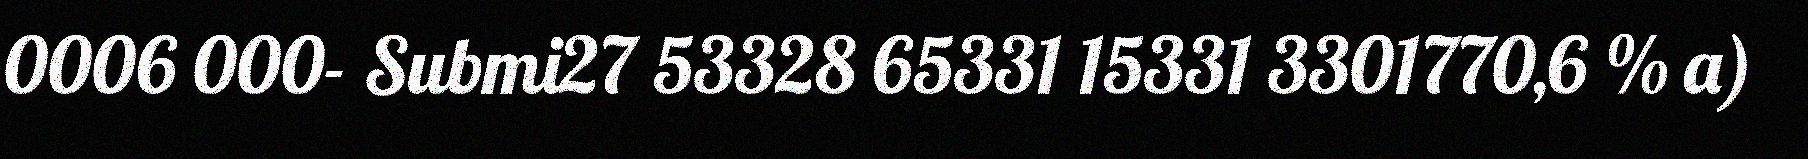
0006 000- Submi27 53328 65331 15331 3301770,6 % a)